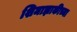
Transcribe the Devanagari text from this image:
शिमाझाकीच्या